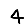
Digit: 4